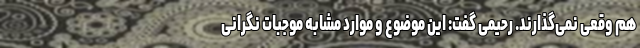
هم وقعی نمی‌گذارند. رحیمی گفت: این موضوع و موارد مشابه موجبات نگرانی